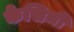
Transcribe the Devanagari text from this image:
केसिमी